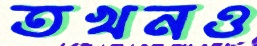
তখনও